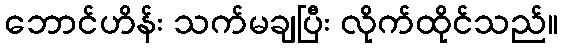
ဘောင်ဟိန်း သက်မချပြီး လိုက်ထိုင်သည်။